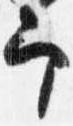
予